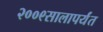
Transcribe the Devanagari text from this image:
२००९सालापर्यंत